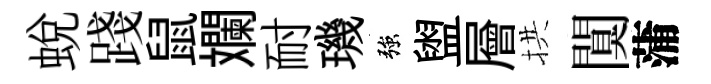
蛻踐鼠斕耐璣強盥層拱闃蒲